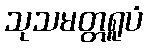
သုသမတ္တရူပံ